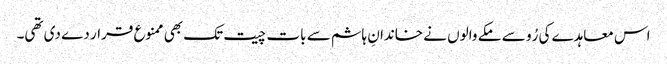
اس معاہدے کی رُو سے مکے والوں نے خاندانِ ہاشم سے بات چیت تک بھی ممنوع قرار دے دی تھی۔